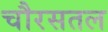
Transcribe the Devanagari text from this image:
चौरसतल